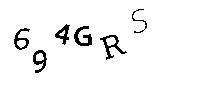
694GRS